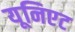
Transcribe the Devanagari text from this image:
यूनिएट